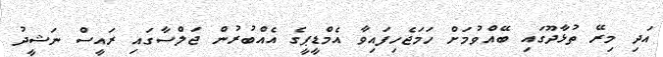
އަދި މިރޭ ތުޅާދޫގައި ބޭއްވުމަށް ހަމަޖެހިފައިވާ އެމްޑީޕީގެ އެއްބުރުން ޖަލްސާގައި ރައީސް ނަޝީދު